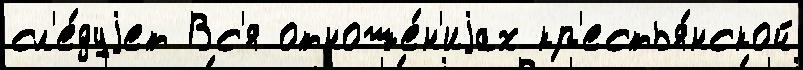
сл'е́дуjет Вс'я отноше́н'иjах кр'естья́нской